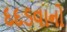
દદડવાનો